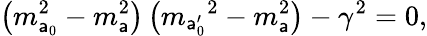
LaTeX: \left(m_{\mathsf{a}_{0}}^{2}-m_{\mathsf{a}}^{2}\right)\left({m_{\mathsf{a}_{0}^{\prime}}}^{2}-m_{\mathsf{a}}^{2}\right)-{\gamma}^{2}=0,